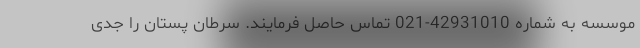
موسسه به شماره 42931010-021 تماس حاصل فرمایند. سرطان پستان را جدی